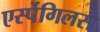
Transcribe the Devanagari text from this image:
एर्स्पेगिलस